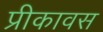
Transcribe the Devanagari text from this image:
प्रीकावस